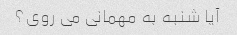
آیا شنبه به مهمانی می روی؟